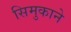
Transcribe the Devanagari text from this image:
सिमुकाने